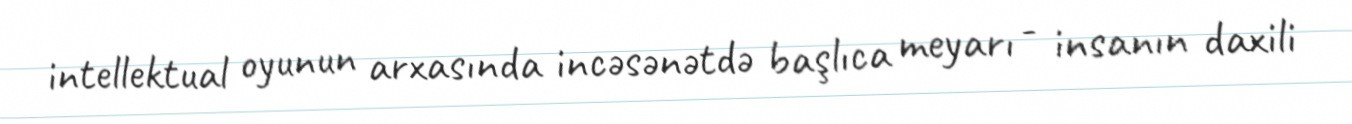
intellektual oyunun arxasında incəsənətdə başlıca meyarı - insanın daxili